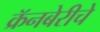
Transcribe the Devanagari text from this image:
क्रॅनबेरीचे